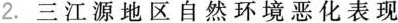
2.三江源地区自然环境恶化表现